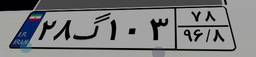
۳۵گ۹۹۹۷۱